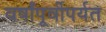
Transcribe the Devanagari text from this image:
वर्षांपूर्वीपर्यत